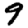
Digit: 9